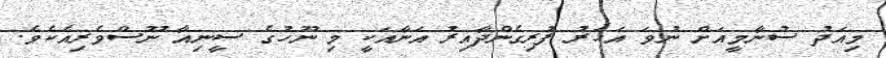
މިއަދު ސުނާމީއަށް ނުވަ އަހަރު ފުރިގެންދާއިރު އަނާއަކީ މި ނޫހުގެ ސީނިއާ ނޫސްވެރިއެކެވެ.